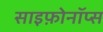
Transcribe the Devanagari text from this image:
साइफ़ोनॉप्स